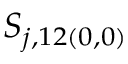
S _ { j , 1 2 ( 0 , 0 ) }